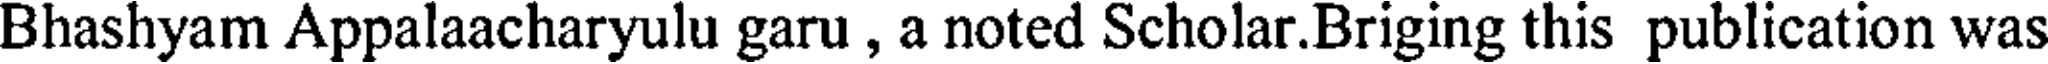
Bhashyam Appalaacharyulu garu , a noted Scholar.Briging this publication was